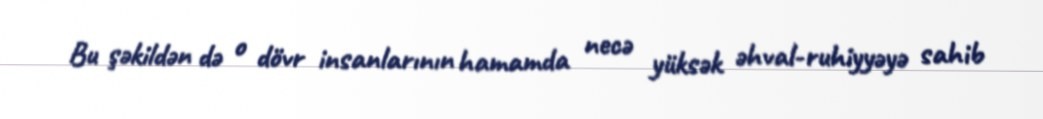
Bu şəkildən də o dövr insanlarının hamamda necə yüksək əhval-ruhiyyəyə sahib